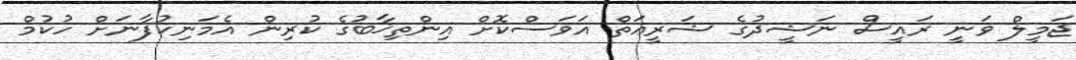
ޖަމީލް ވަނީ ރައީސް ނަޝީދުގެ ޝަރީޢަތް އަވަސްކޮށް އިންތިޚާބުގެ ކުރިން އެމަނިކުފާނަށް ހުކުމް